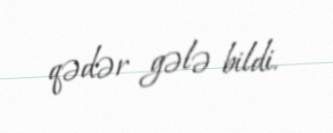
qədər gələ bildi.